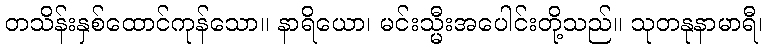
တသိန်းနှစ်ထောင်ကုန်သော။ နာရိယော၊ မင်းသ္မီးအပေါင်းတို့သည်။ သုတနုနာမာရီ၊